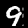
Digit: 9